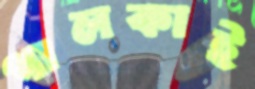
গালকাই